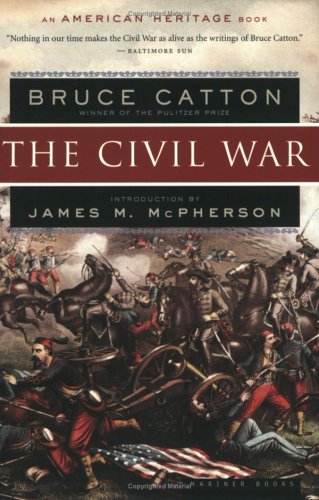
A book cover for The Civil War (American Heritage Books); Bruce Catton; History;